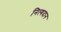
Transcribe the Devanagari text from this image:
नित्यदान